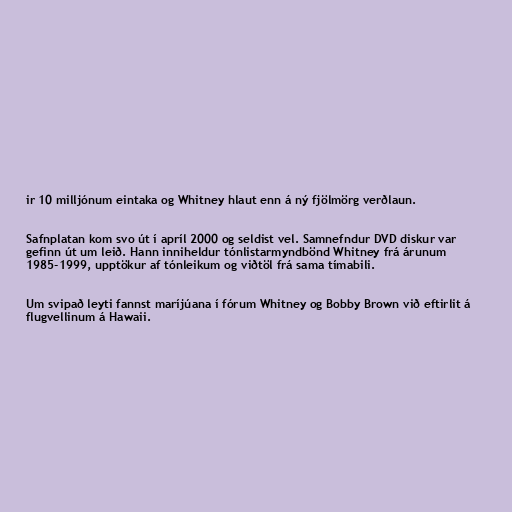
ir 10 milljónum eintaka og Whitney hlaut enn á ný fjölmörg verðlaun.

Safnplatan kom svo út í apríl 2000 og seldist vel. Samnefndur DVD diskur var
gefinn út um leið. Hann inniheldur tónlistarmyndbönd Whitney frá árunum
1985-1999, upptökur af tónleikum og viðtöl frá sama tímabili.

Um svipað leyti fannst maríjúana í fórum Whitney og Bobby Brown við eftirlit á
flugvellinum á Hawaii.